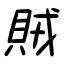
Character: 賊